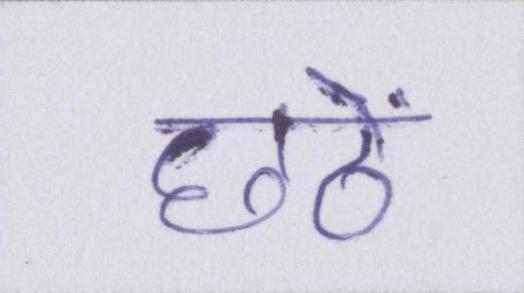
छठें